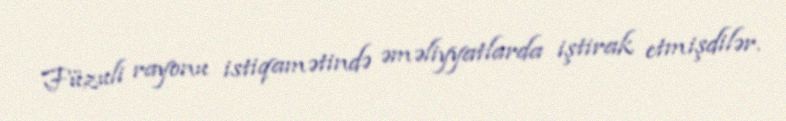
Füzuli rayonu istiqamətində əməliyyatlarda iştirak etmişdilər.